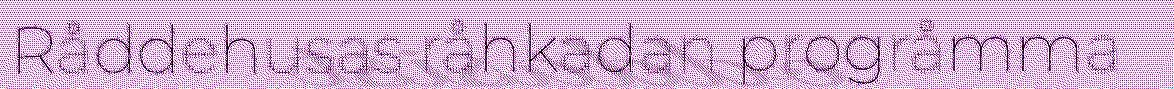
Råddehusas råhkadan progråmma